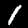
Label: 1